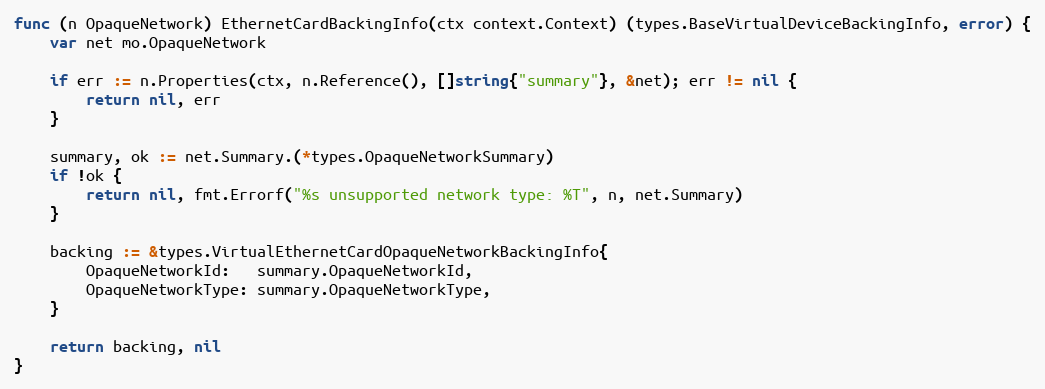
Language: Go
func (n OpaqueNetwork) EthernetCardBackingInfo(ctx context.Context) (types.BaseVirtualDeviceBackingInfo, error) {
	var net mo.OpaqueNetwork

	if err := n.Properties(ctx, n.Reference(), []string{"summary"}, &net); err != nil {
		return nil, err
	}

	summary, ok := net.Summary.(*types.OpaqueNetworkSummary)
	if !ok {
		return nil, fmt.Errorf("%s unsupported network type: %T", n, net.Summary)
	}

	backing := &types.VirtualEthernetCardOpaqueNetworkBackingInfo{
		OpaqueNetworkId:   summary.OpaqueNetworkId,
		OpaqueNetworkType: summary.OpaqueNetworkType,
	}

	return backing, nil
}